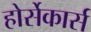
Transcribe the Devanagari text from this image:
होर्सेकार्स